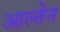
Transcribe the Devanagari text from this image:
आल्तेन